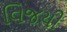
વિજયી